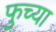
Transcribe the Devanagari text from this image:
फुच्या